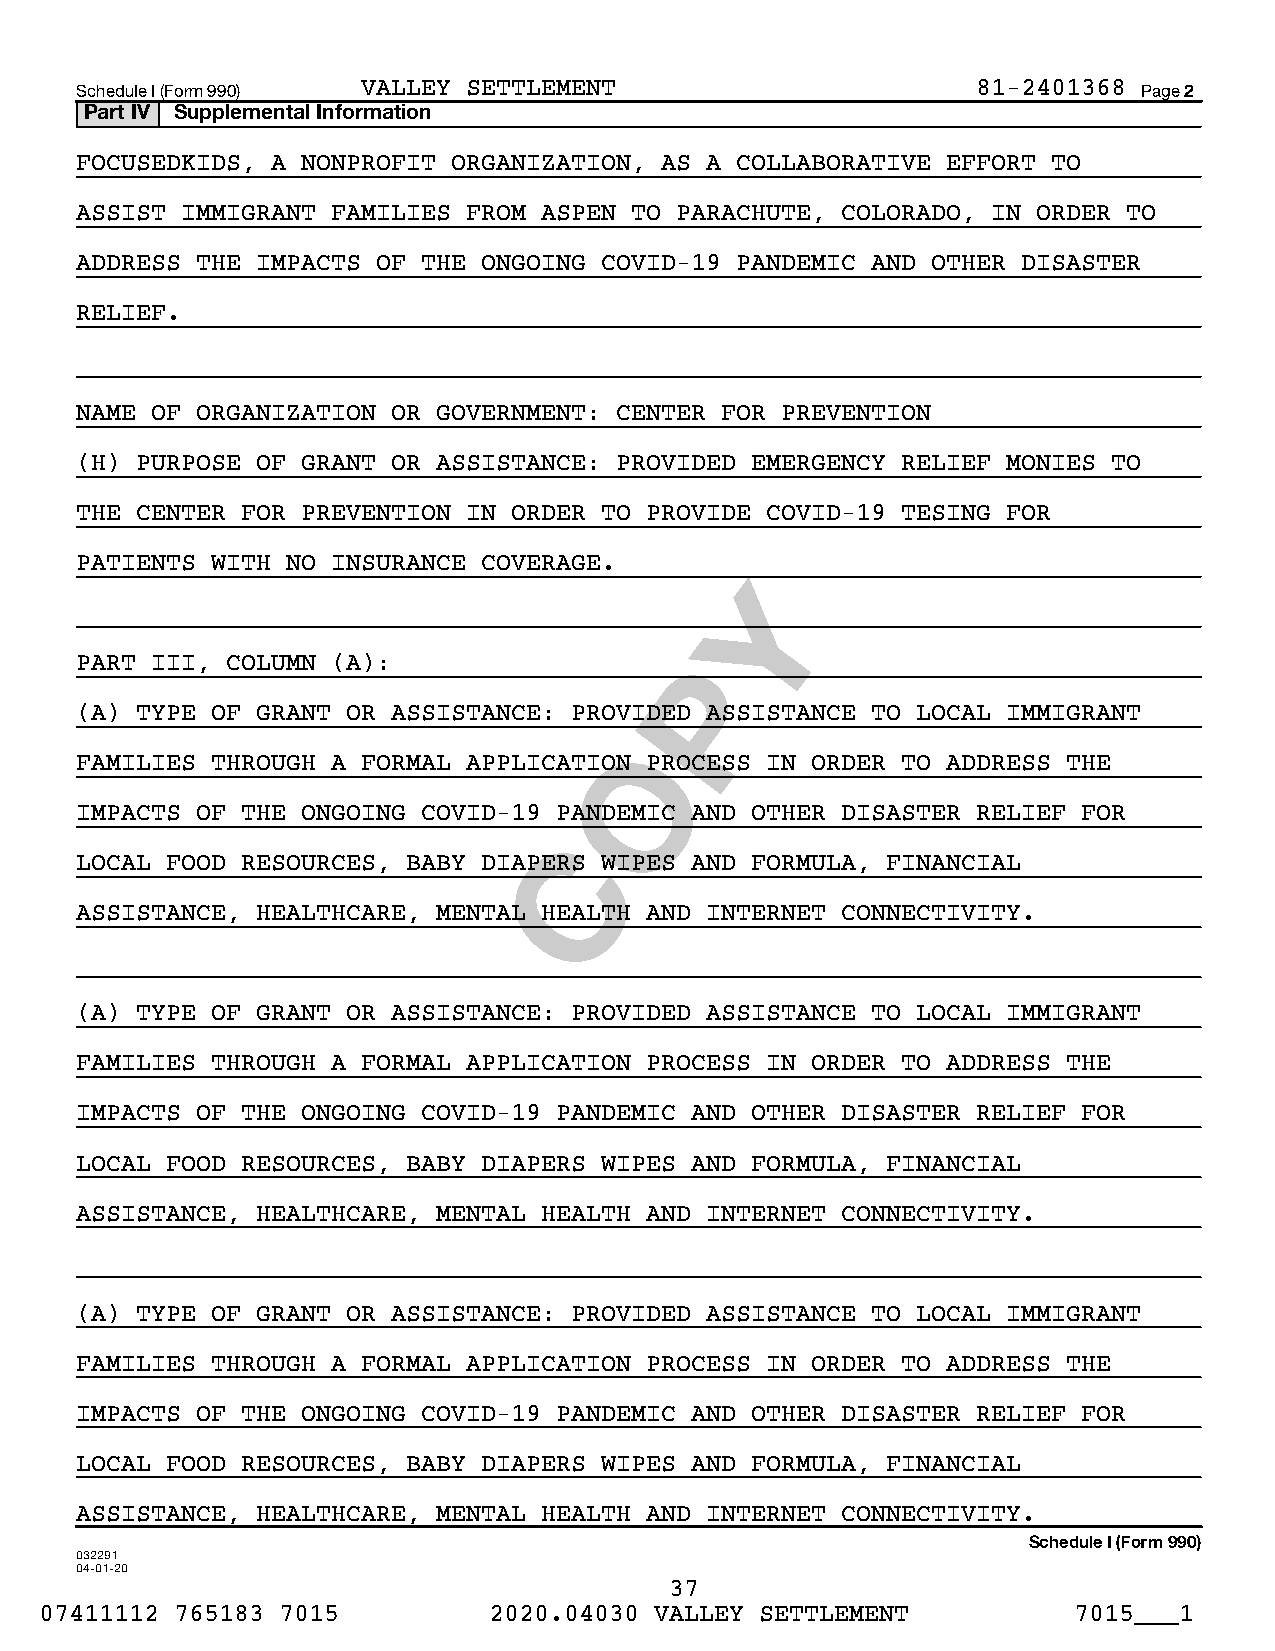
Schedule I (Form 990) VALLEY SETTLEMENT                     81-2401368 Page 2
 Part IV Supplemental Information
 FOCUSEDKIDS, A NONPROFIT ORGANIZATION, AS A COLLABORATIVE EFFORT TO
 ASSIST IMMIGRANT FAMILIES FROM ASPEN TO PARACHUTE, COLORADO, IN ORDER TO
 ADDRESS THE IMPACTS OF THE ONGOING COVID-19 PANDEMIC AND OTHER DISASTER
 RELIEF.
 NAME OF ORGANIZATION OR GOVERNMENT: CENTER FOR PREVENTION
 (H) PURPOSE OF GRANT OR ASSISTANCE: PROVIDED EMERGENCY RELIEF MONIES TO
 THE CENTER FOR PREVENTION IN ORDER TO PROVIDE COVID-19 TESING FOR
 PATIENTS WITH NO INSURANCE COVERAGE.
 Y
 PART III, COLUMN (A):                   P
 (A) TYPE OF GRANT OR ASSISTANCE: PROVIDED ASSISTANCE TO LOCAL IMMIGRANT
 O
 FAMILIES THROUGH A FORMAL APPLICATION PROCESS IN ORDER TO ADDRESS THE
 IMPACTS OF THE ONGOING COVID-19 PANDEMIC AND OTHER DISASTER RELIEF FOR
 C
 LOCAL FOOD RESOURCES, BABY DIAPERS WIPES AND FORMULA, FINANCIAL
 ASSISTANCE, HEALTHCARE, MENTAL HEALTH AND INTERNET CONNECTIVITY.
 (A) TYPE OF GRANT OR ASSISTANCE: PROVIDED ASSISTANCE TO LOCAL IMMIGRANT
 FAMILIES THROUGH A FORMAL APPLICATION PROCESS IN ORDER TO ADDRESS THE
 IMPACTS OF THE ONGOING COVID-19 PANDEMIC AND OTHER DISASTER RELIEF FOR
 LOCAL FOOD RESOURCES, BABY DIAPERS WIPES AND FORMULA, FINANCIAL
 ASSISTANCE, HEALTHCARE, MENTAL HEALTH AND INTERNET CONNECTIVITY.
 (A) TYPE OF GRANT OR ASSISTANCE: PROVIDED ASSISTANCE TO LOCAL IMMIGRANT
 FAMILIES THROUGH A FORMAL APPLICATION PROCESS IN ORDER TO ADDRESS THE
 IMPACTS OF THE ONGOING COVID-19 PANDEMIC AND OTHER DISASTER RELIEF FOR
 LOCAL FOOD RESOURCES, BABY DIAPERS WIPES AND FORMULA, FINANCIAL
 ASSISTANCE, HEALTHCARE, MENTAL HEALTH AND INTERNET CONNECTIVITY.
 Schedule I (Form 990)
 032291
 04-01-20
 37
 07411112 765183 7015         2020.04030 VALLEY SETTLEMENT           7015___1